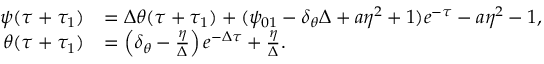
\begin{array} { r l } { \psi ( \tau + \tau _ { 1 } ) } & { = \Delta \theta ( \tau + \tau _ { 1 } ) + ( \psi _ { 0 1 } - \delta _ { \theta } \Delta + a \eta ^ { 2 } + 1 ) e ^ { - \tau } - a \eta ^ { 2 } - 1 , } \\ { \theta ( \tau + \tau _ { 1 } ) } & { = \left( \delta _ { \theta } - \frac { \eta } { \Delta } \right) e ^ { - \Delta \tau } + \frac { \eta } { \Delta } . } \end{array}